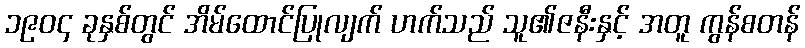
၁၉၀၄ ခုနှစ်တွင် အိမ်ထောင်ပြုလျက် ဟက်သည် သူ၏ဇနီးနှင့် အတူ ကွန်စတန်